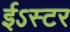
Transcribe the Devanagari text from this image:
ईऽस्टर